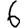
Digit: 6